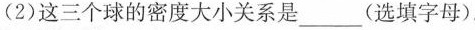
(2)这三个球的密度大小关系是____(选填字母)。